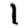
Digit: 1